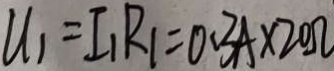
u _ { 1 } = I _ { 1 } R _ { 1 } = 0 . 3 A \times 2 0 \Omega